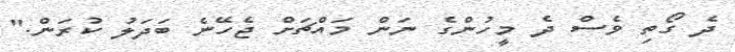
ދެ ގޯތި ވެސް ދެ މީހުންގެ ނަން މައްޗަށް ޖެހޭނެ ބަދަލު ކުރަން."